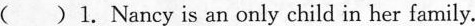
( ) 1. Nancy is an only child in her family.